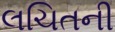
લચિતની